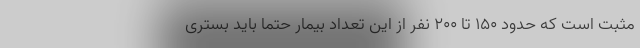
مثبت است که حدود ۱۵۰ تا ۲۰۰ نفر از این تعداد بیمار حتما باید بستری